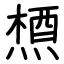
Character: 槱